Civil Veterinary Dept. Bombay admin report 1914-1922 - 1914-1922
Year: 1914
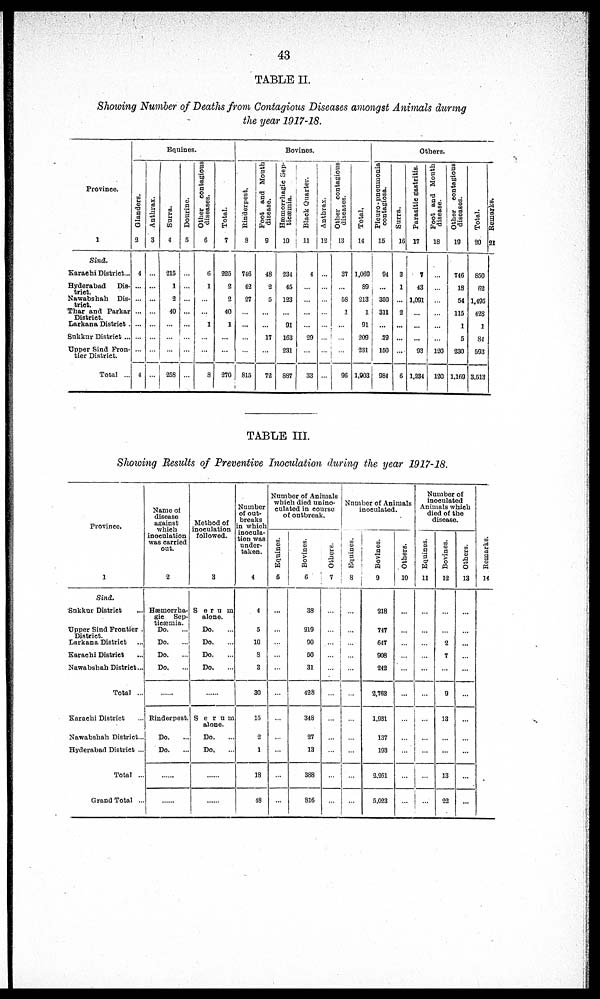
43
TABLE II.
Showing Number of Deaths from Contagious Diseases amongst Animals during
the year 1917-18.
Province.
1
Sind.
Karachi District...
Hyderabad
Dis-
trict.
Nawabshah
Dis-
trict.
Thar and Parkar
District.
Larkana District .
Sakkur District ...
Upper Sind Fron-
tier District.
Total ...
Equines.
Glanders.
2
4
....
....
...
...
....
....
4
Anthrax.
3
....
....
Surra.
4
215
1
2
40
....
....
....
258
Dourine.
5
....
....
....
....
....
....
...
....
Other contagious
diseases.
6
6
1
....
...
1
....
....
8
Total.
7
225
2
2
40
1
....
....
270
Bovines.
Rinderpest,
8
746
42
27
....
...
....
....
815
Foot and Mouth
disease.
9
48
2
5
....
....
17
....
72
Hæmorrhagic Sep-
ticæmia.
10
234
45
123
....
91
163
231
887
Black Quarter.
11
4
....
....
....
....
29
....
33
Anthrax.
12
....
....
....
....
....
....
....
....
Other contagious
diseases.
13
37
....
58
1
....
....
....
96
Total.
14
1,069
89
213
1
91
209
231
1,903
Others.
Pleuro-pneumonia
contagiosa.
15
94
...
350
311
...
79
150
984
Surra.
16
3
1
...
2
...
...
...
6
Parasitic gastritis.
17
7
43
1,091
...
...
...
93
1,234
Foot and Mouth
disease.
18
....
....
....
....
....
....
120
120
Other contagious
diseases.
19
746
18
54
115
1
5
230
1,169
Total.
20
850
62
1,495
428
1
84
593
3,513
Remarks.
21
TABLE III.
Showing Results of Preventive Inoculation during the year 1917-18.
Province.
1
Sind.
Sukkur District ...
Upper Sind Frontier .
District.
Larkana District ...
Karachi District ...
Nawabshah District ...
Total ...
Karachi District ....
Nawabshah District...
Hyderabad District ...
Total ...
Grand Total ...
Name of
disease
against
which
inoculation
was carried
out.
2
Hæmorrha-
gic Sep-
ticæmia.
Do. ....
....
Do. ....
Do. ....
Do. ....
Rinderpest.
Do. ....
Do. ....
........
........
Method of
inoculation
followed.
3
Serum
alone.
Do. ....
Do. ....
Do. ....
Do. ....
Serum
alone.
Do. ....
Do. ....
........
........
Number
of out-
breaks
in which
inocula-
tion was
under-
taken.
4
4
5
10
8
3
30
15
2
1
18
48
Number of Animals
which died unino-
culated in course
of outbreak.
Equines.
5
....
....
....
....
....
....
....
....
....
....
....
Bovines.
6
38
219
90
50
31
428
348
27
13
388
816
Others.
7
...
....
...
....
....
....
....
....
....
....
....
Number of Animals
inoculated.
Equines.
8
...
...
...
...
...
...
...
...
...
...
...
Bovines.
9
218
747
647
908
242
2,762
1,931
137
193
2,261
5,023
Others.
10
....
....
....
....
....
....
....
....
....
....
....
Number of
inoculated
Animals which
died of the
disease.
Equines.
11
....
....
....
....
....
....
....
....
...
...
.....
Bovines.
12
....
....
2
7
....
9
13
...
...
13
22
Others.
13
....
....
...
....
....
....
....
....
....
....
...
Remarks.
14